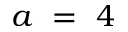
a \ = \ 4